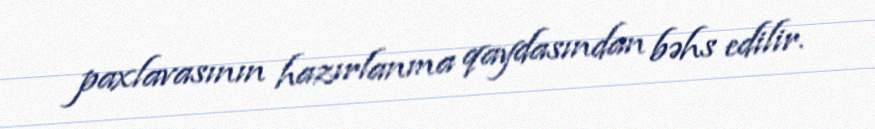
paxlavasının hazırlanma qaydasından bəhs edilir.